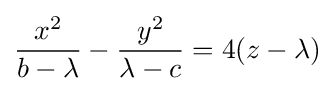
{\frac {x^{2}}{b-\lambda }}-{\frac {y^{2}}{\lambda -c}}=4(z-\lambda )